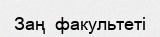
Заң  факультеті